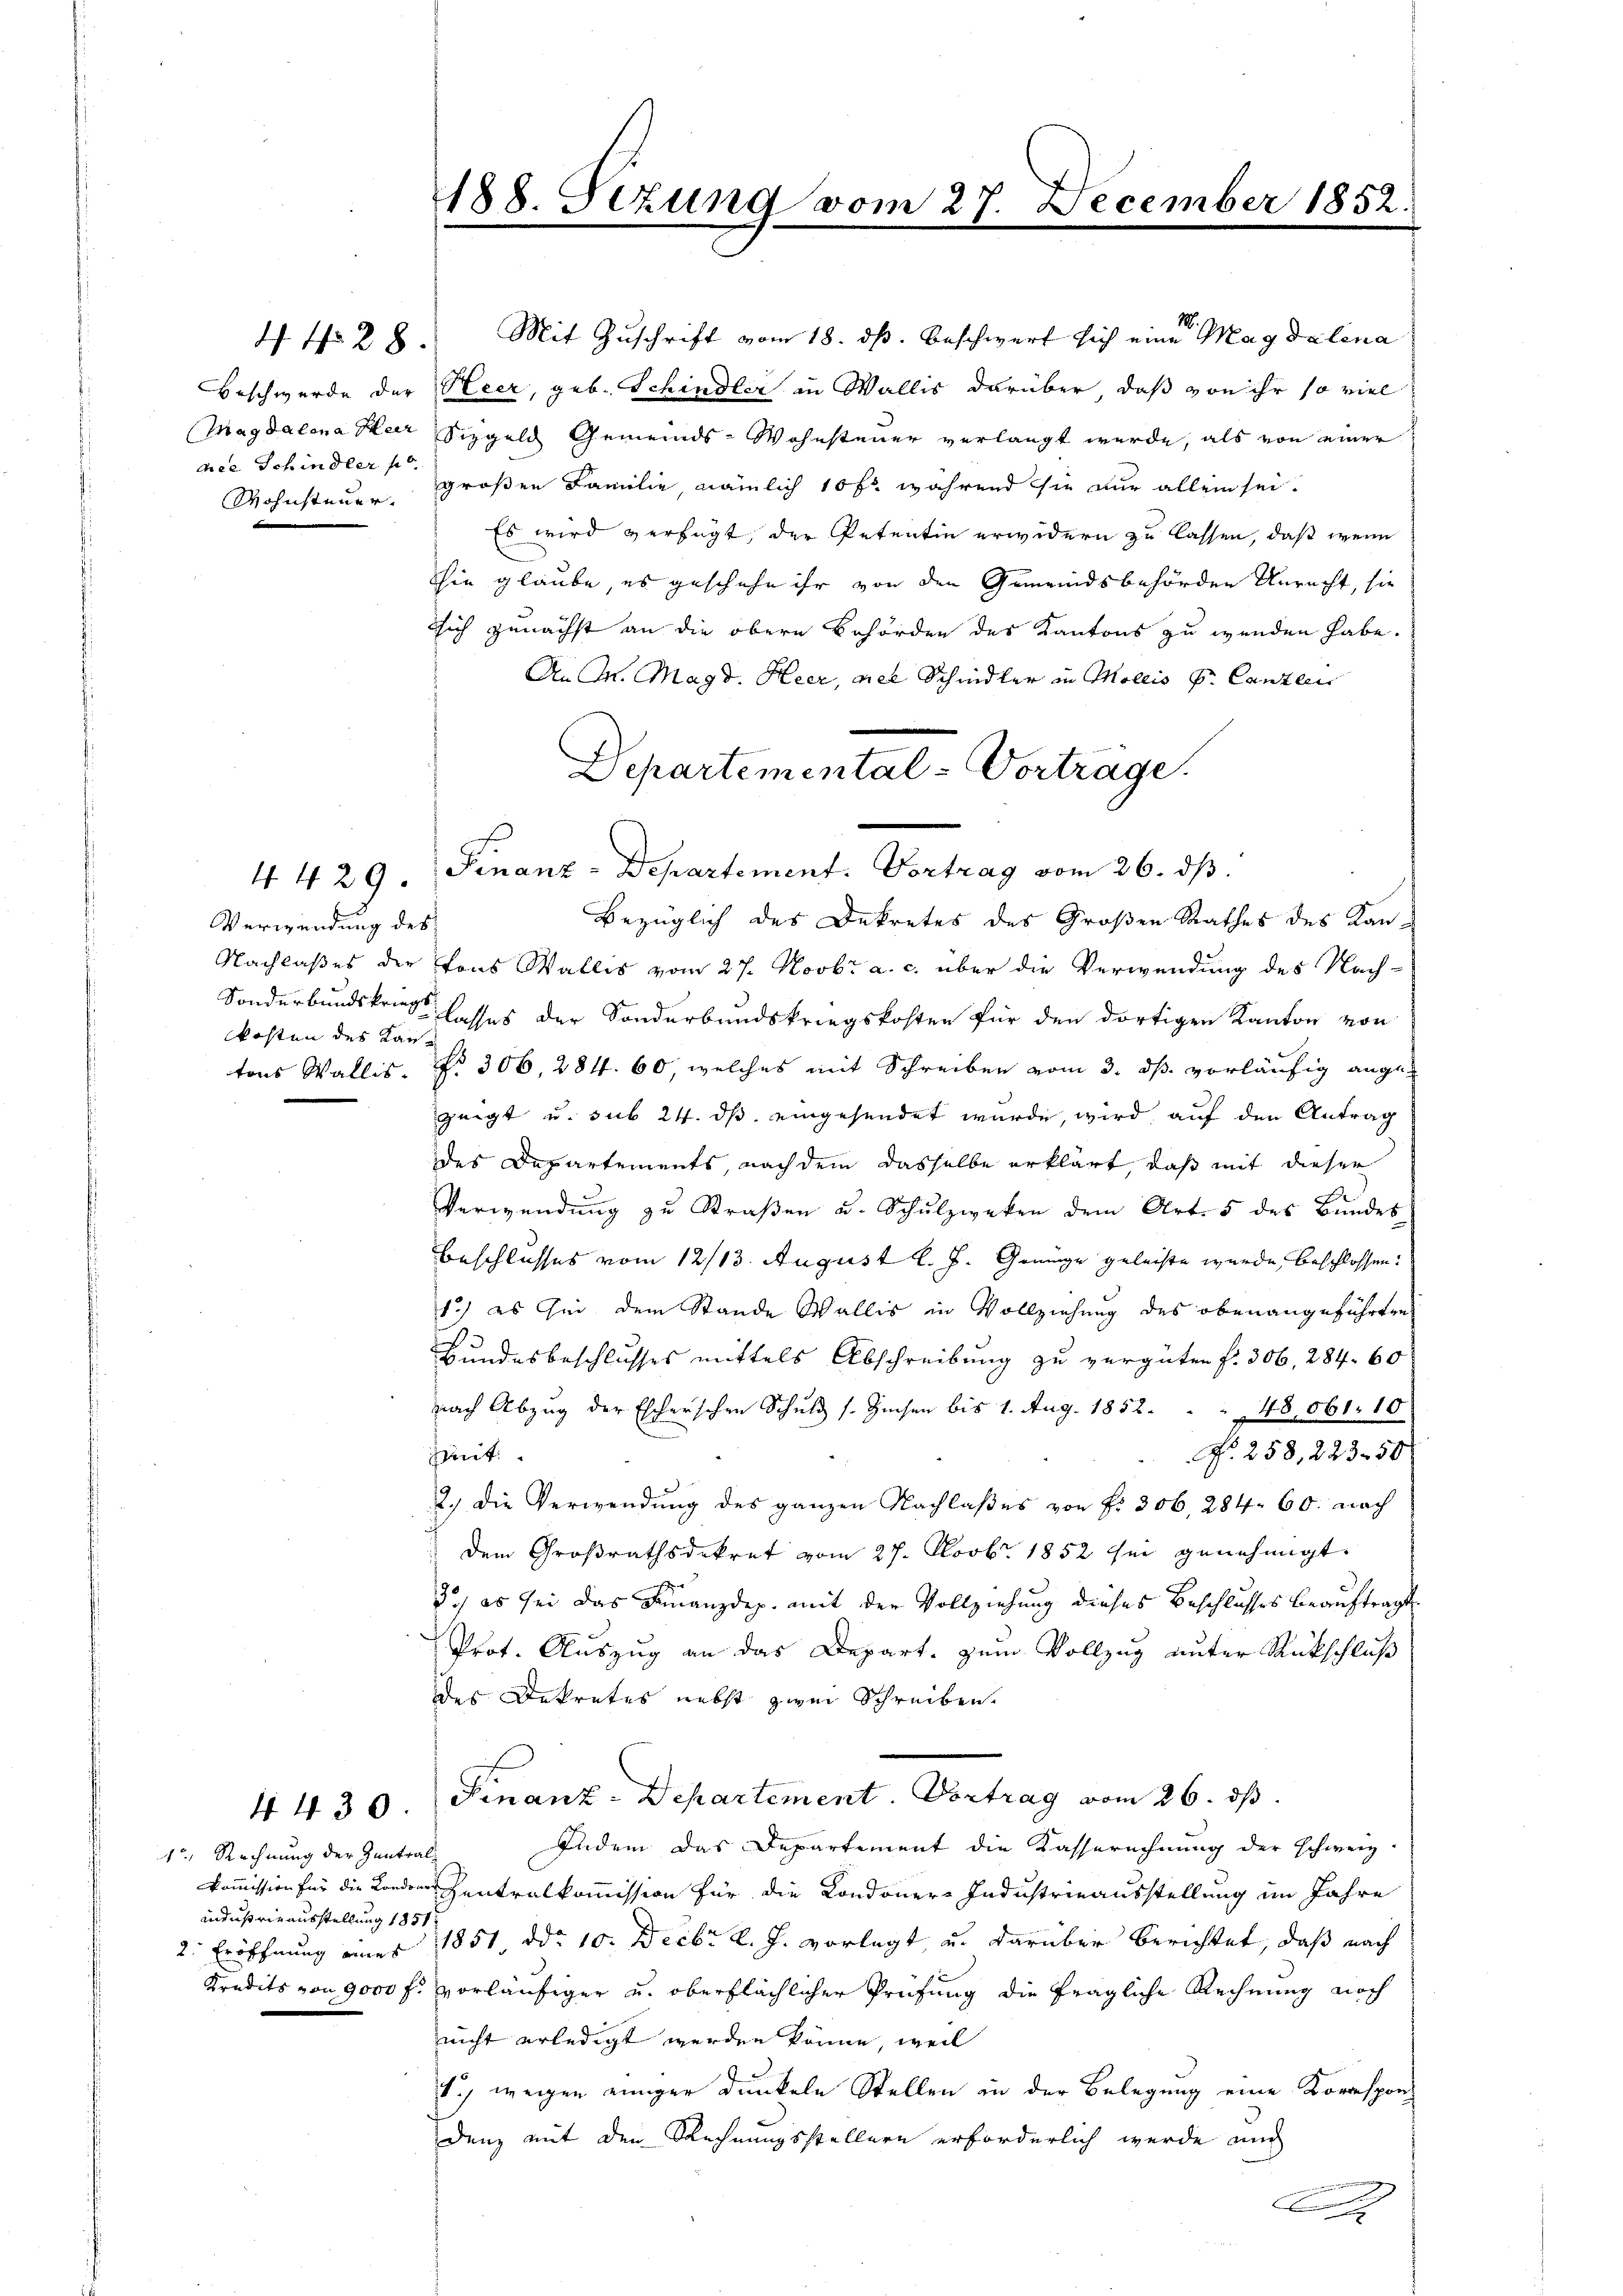
4 No 28.

dice Schindler po

Verwendung des
Kosten des Kan¬

4 429.

1t, Rechnung der Zentral
indus wie ausstellung 1851
2. Eröffnung eines
Kredits von 9000 f.

4430

188. Sezung vom 27. December 1852.

M.
Mit Zuschrift vom 18. dß. Beschwurf sich eine Magdalena
Beschwerde der Neer, geb. Schindler in Wallis darüber, daß von ihr so viel
Magdalena Hur Sizgeld Gemeinds-Wohnsteuer verlangt werde, als von einer
Wohnsteuer, großen Familie, nämlich 10 f. während sie nur allein sei.
Es wird verfügt, der Petentin erwidern zu lassen, daß wenn
thie glaube, es geschehe ihr von den Gemeindsbehörden Unrecht, sie
sich zunächst an die obern Behörden des Kantons zu wenden habe.
An M. Magd. Heer, viel Schmidter in Mollis P. Canzlei
bezüglich des Dekretes des Großen Rathes des Kan¬
Nachlaßes der Tons Wallis vom 27. Novbr a. c. über die Verwendung des Nach-
Sonderbundskros lasses der Sonderbundskriegskosten für den dortigen Kanton von
tons Wallis, No 306, 284. 60, welches mit Schreiben vom 3. ds. vorläufig angezeigt u. sub 24. ds. eingesendet wurde, wird auf den Antrag
des Departements, nach dem dasselbe erklärt, daß mit dieser
Verwendung zu Straßen u. Schulzweken dem Art. 5 des Bundes
Beschlusses vom 12/13. August l. J. Genüge geleiste wurde, beschlossen:
1.) es sei dem Stande Wallis in Vollziehung des obenangeführten
Bundesbeschlusses mittels Abschreibung zu vergüten f. 306, 284. 60
nach Abzug der Escherschen Schuld s. Zinsen bis 1. Aug. 1852. 48,061. 10
No. 258, 223.50
mit
2.) Die Verwendung des ganzen Nachlaßes von Nr. 306, 284. 60. nach
dem Großrathsdekret vom 27. Novbr. 1852 sei genehmigt.
3., es sei das Finanzdep. mit der Vollziehung dieses Beschlusses beauftragt.
Prot. Auszug an das Depart. zum Vollzug unter Rückschluß
des Dekretes nebst zwei Schreiben.
Finanz-Departement. Vortrag vom 26. ds.
Indem das Departement die Kasserechnung der schweiz.
kommission für die Londer Zentralkommission für die Londoner-Industrieausstellung im Jahre
1851, ddo 10. Decbr. l. J. vorlegt, u. darüber berichtet, daß nach
vorläufiger u. oberflächlicher Prüfung die fragliche Rechnung noch
nicht erledigt werden könne, weil
1. wegen einiger Dunkeln Stellen in der Belegung eine Korrespondenz mit den Rechnungsstellern erforderlich werde auch
A

Departemental-Vortrage.
Finanz-Departement. Vortrag vom 26. dβ.